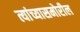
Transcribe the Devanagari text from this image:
त्यांच्यासमोरील